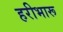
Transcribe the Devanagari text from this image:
हरीभारू